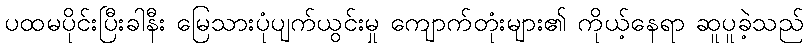
ပထမပိုင်းပြီးခါနီး မြေသားပုံပျက်ယွင်းမှု ကျောက်တုံးများ၏ ကိုယ့်နေရာ ဆူပူခဲ့သည်